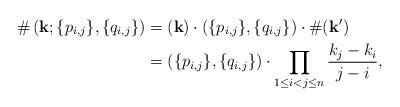
LaTeX: \begin{align*}\#\left(\mathbf{k};\{p_{i,j}\},\{q_{i,j}\}\right) &= (\mathbf{k}) \cdot (\{p_{i,j}\},\{q_{i,j}\}) \cdot \#(\mathbf{k}') \\ &= (\{p_{i,j}\},\{q_{i,j}\}) \cdot \prod_{1 \leq i<j \leq n} \frac{k_j-k_i}{j-i},\end{align*}